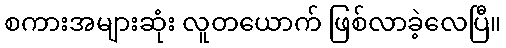
စကားအများဆုံး လူတယောက် ဖြစ်လာခဲ့လေပြီ။